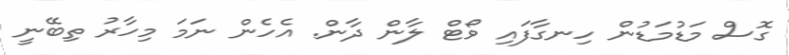
ގޮސް މަޑުމަޑުން ހިނގާފައި ވޯޓް ލާން ދާން. އެހެން ނަމަ މިހާރު ތިބޭނީ